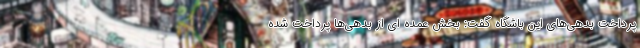
پرداخت بدهی‌های این باشگاه گفت: بخش عمده ای از بدهی‌ها پرداخت شده